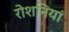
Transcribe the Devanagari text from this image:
रोशनियां